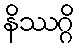
နိဿဂ္ဂိ